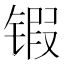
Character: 𰾤